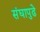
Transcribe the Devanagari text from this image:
संघापुढे